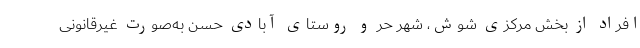
افراد از بخش مرکزی شوش، شهر حٌر و روستای آبادی حسن به‌صورت غیرقانونی